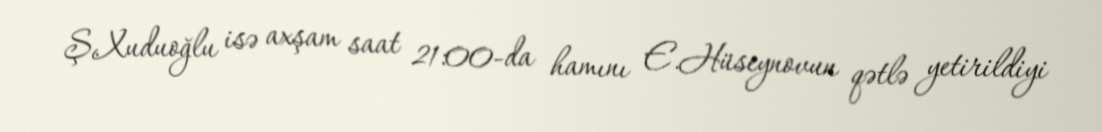
Ş.Xuduoğlu isə axşam saat 21:00-da hamını E.Hüseynovun qətlə yetirildiyi